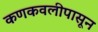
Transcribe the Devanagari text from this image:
कणकवलीपासून